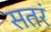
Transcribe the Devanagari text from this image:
सतरं